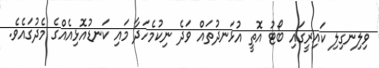
ވިލިނގިލި ކައިރީގައި ބޯޓު އޮތީ އުޅަނދުތައް ވަދެ ނިކުމެހަދާ މައި ކަނޑުއޮޅިއެއްގެ މެދުގައެވެ.